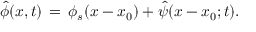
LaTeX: \hat { \phi } ( x , t ) \, = \, \phi _ { s } ( x - x _ { 0 } ) + \hat { \psi } ( x - x _ { 0 } ; t ) .